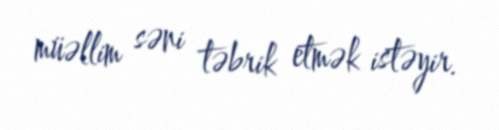
müəllim səni təbrik etmək istəyir.